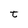
Character: t